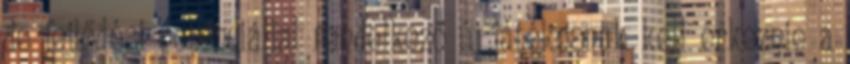
de fejlődési potenciállal rendelkező új játékosnak kell érkeznie a